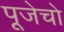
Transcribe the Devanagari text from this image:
पूजेचो